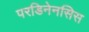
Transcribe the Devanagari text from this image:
परडिनेनसिस